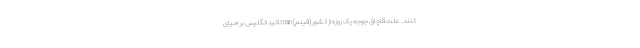
کنند. علت قاچاق جوجه یک روزه از کشور (فیلم) nan تاکید انگلیس بر احیای